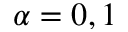
\alpha = 0 , 1